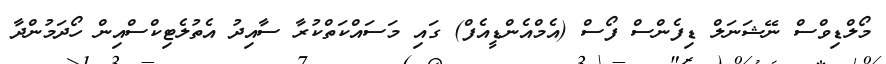
މޯލްޑިވްސް ނޭޝަނަލް ޑިފެންސް ފޯސް (އެމްއެންޑީއެފް) ގައި މަސައްކަތްކުރާ ސާއިދު އެތުލެޓިކްސްއިން ހޯދަމުންދާ